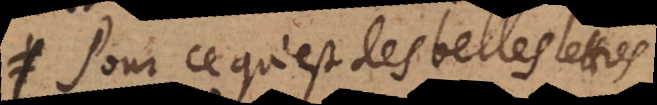
Pour ce qui est des belles lettres,